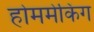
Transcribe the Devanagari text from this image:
होममेकिंग